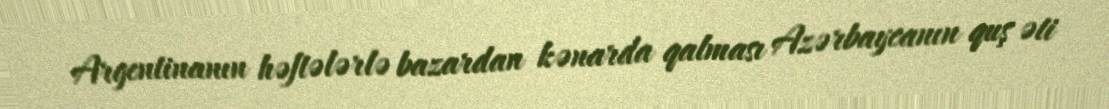
Argentinanın həftələrlə bazardan kənarda qalması Azərbaycanın quş əti